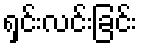
ရှင်းလင်းခြင်း